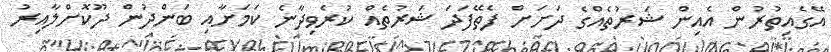
އޭގެއިތުރުން އެއިން ޝަރުތެއްގެ ދަށަށް ފެތޭފަދަ ޝަރުތެއް ކުރެވިދާނެ ކަމަށާއި ބަންދުން ދޫކޮށްލާއިރު